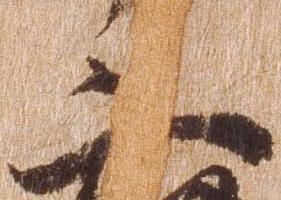
三